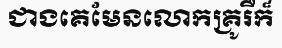
ជាងគេមែនលោកគ្រូរឺក៏